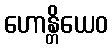
ဟောန္တိယေဝ